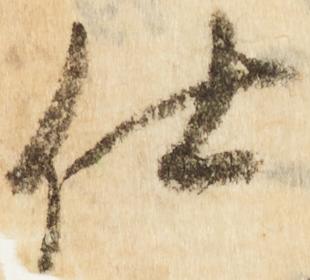
仕